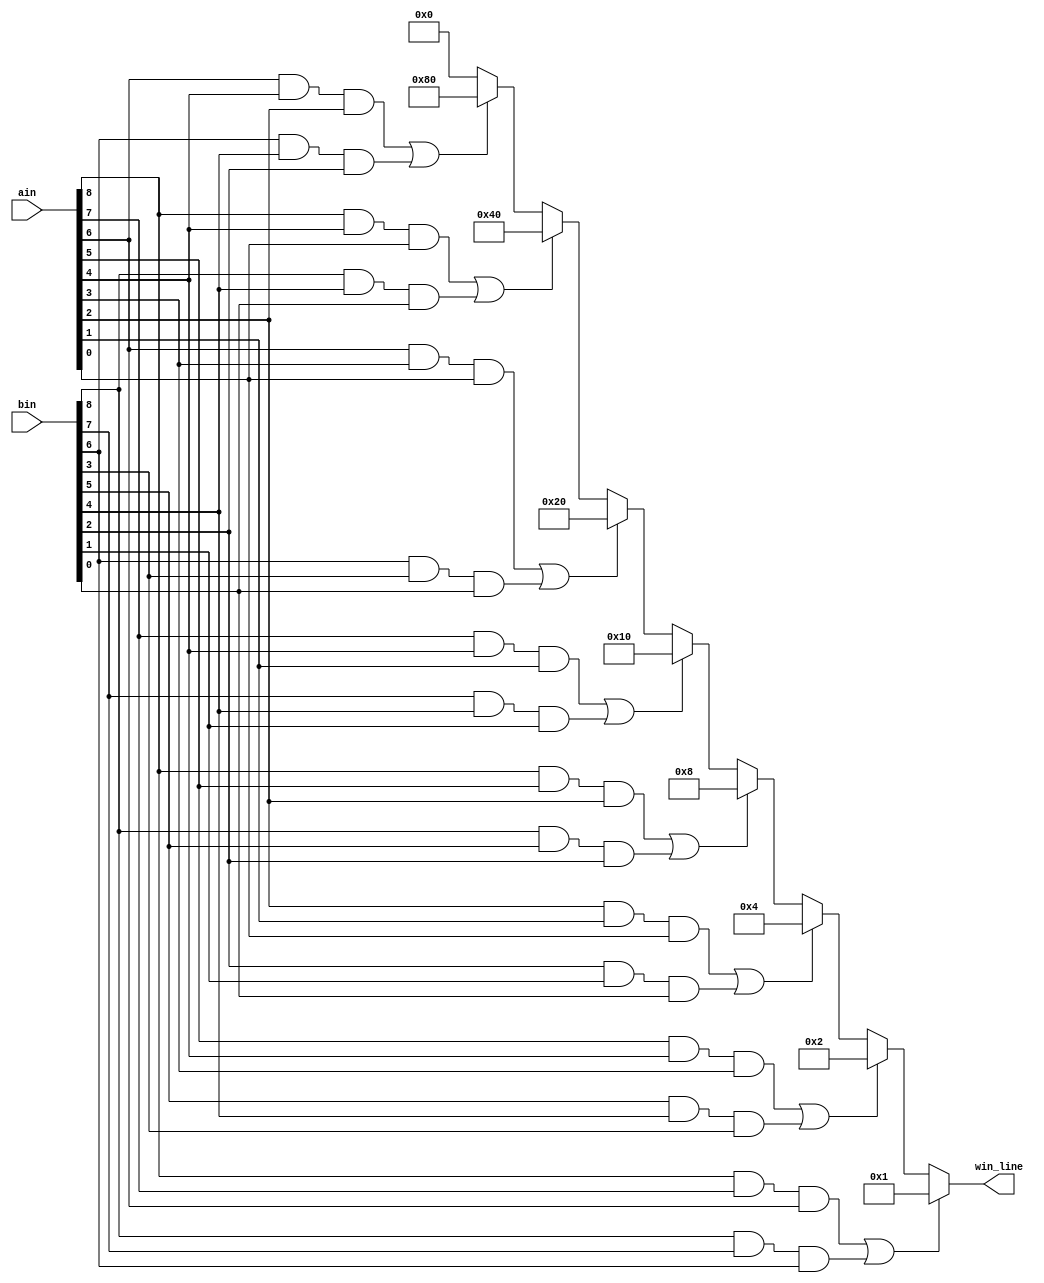
// DetectWinner
// Detects whether either ain or bin has three in a row 
// Inputs:
//   ain, bin - (9-bit) current positions of type a and b
// Out:
//   win_line - (8-bit) if A/B wins, one hot indicates along which row, col or diag
//   win_line(0) = 1 means a win in row 8 7 6 (i.e., either ain or bin has all ones in this row)
//   win_line(1) = 1 means a win in row 5 4 3
//   win_line(2) = 1 means a win in row 2 1 0
//   win_line(3) = 1 means a win in col 8 5 2
//   win_line(4) = 1 means a win in col 7 4 1
//   win_line(5) = 1 means a win in col 6 3 0
//   win_line(6) = 1 means a win along the downward diagonal 8 4 0
//   win_line(7) = 1 means a win along the upward diagonal 2 4 6

module DetectWinner( input [8:0] ain, bin, output [7:0] win_line );
  // CPEN 211 LAB 3, PART 1: remove following line and add with your implementation below
	/*You can't use assign statements in always block so we created a reg 'winL' to set it equal to win_line outside of the always block*/
	reg [7:0] winL;
/*use always block to constantly check for winning conditions. if, else if, and else were used to specify the conditions of winning
and get the out that we want.*/
  always @*begin
    if ((ain[8]&ain[7]&ain[6])|(bin[8]&bin[7]&bin[6]))
       winL = 8'b00000001;
    else if ((ain[5]&ain[4]&ain[3])|(bin[5]&bin[4]&bin[3]))
       winL = 8'b00000010;
    else if ((ain[2]&ain[1]&ain[0])|(bin[2]&bin[1]&bin[0]))
       winL = 8'b00000100;
    else if ((ain[8]&ain[5]&ain[2])|(bin[8]&bin[5]&bin[2]))
       winL = 8'b00001000;
    else if ((ain[7]&ain[4]&ain[1])|(bin[7]&bin[4]&bin[1]))
       winL = 8'b00010000;
    else if ((ain[6]&ain[3]&ain[0])|(bin[6]&bin[3]&bin[0]))
       winL = 8'b00100000;
    else if ((ain[8]&ain[4]&ain[0])|(bin[8]&bin[4]&bin[0]))
       winL = 8'b01000000;
    else if ((ain[6]&ain[4]&ain[2])|(bin[6]&bin[4]&bin[2]))
       winL = 8'b10000000;
	/*if none of these conditions are met, that means no one has won so the corrosponding output is set to winL. This also avoids
ifered latch warning*/
    else 
      winL = 8'b00000000;

  end
	/*assign win_line = winL outside of the always block becuase you can't use assign statements in always block*/
assign win_line = winL;
endmodule